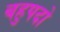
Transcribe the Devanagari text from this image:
बहुपदो